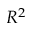
R ^ { 2 }